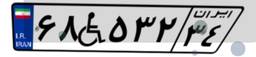
۶۸W۵۳۲۳۴